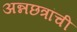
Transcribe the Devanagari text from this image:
अन्नछत्रांची